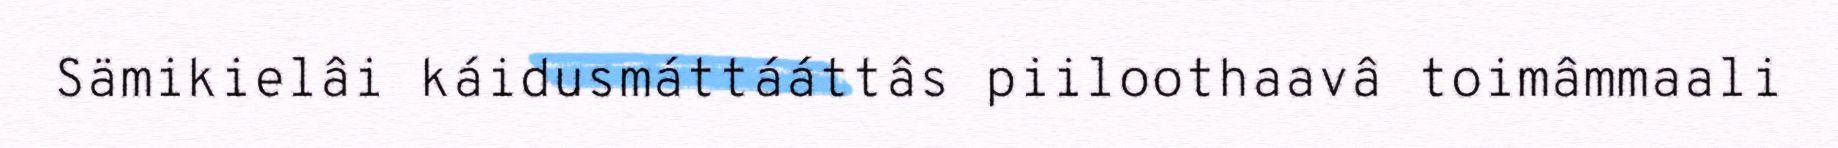
Sämikielâi káidusmáttááttâs piiloothaavâ toimâmmaali